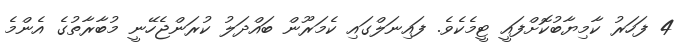
4 ފަހަރު ކާމިޔާބުކޮށްފައީ ޓީމެކެވެ. ފައިނަލްގައި ކެމަރޫން ބައްދަލު ކުރަންޖެހޭނީ މުބާރާތުގެ އެންމެ